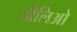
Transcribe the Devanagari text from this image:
डीलिओ